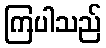
ကြပါသည်